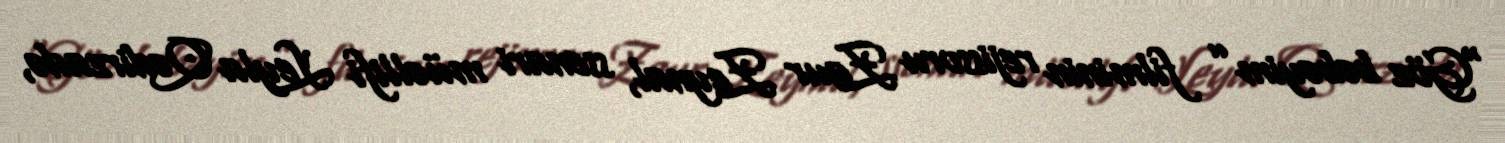
“Göz bəbəyim” filminin rejissoru Zaur Zeynal, ssenari müəllifi Leyla Qədirzadə,